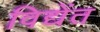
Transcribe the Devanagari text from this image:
विद्येंत